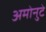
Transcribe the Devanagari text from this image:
अमोनुटे